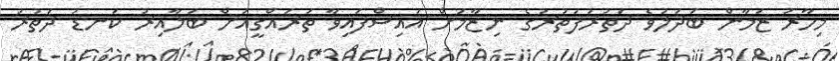
މިހާރު ޒަމާން ބަދަލުވެ ދަތުރުފަތުރުގެ ނިޒާމަށް އައިސްފައިވާ ތަރައްގީއަށް ބަލާއިރު ކަނޑު ދަތުރު